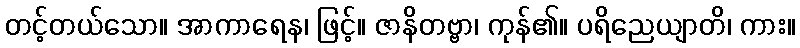
တင့်တယ်သော။ အာကာရေန၊ ဖြင့်။ ဇာနိတဗ္ဗာ၊ ကုန်၏။ ပရိညေယျာတိ၊ ကား။